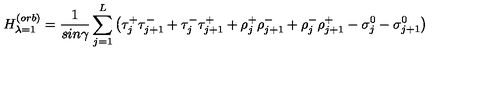
H _ { \lambda = 1 } ^ { ( o r b ) } = \frac { 1 } { s i n \gamma } \sum _ { j = 1 } ^ { L } \left( \tau _ { j } ^ { + } \tau _ { j + 1 } ^ { - } + \tau _ { j } ^ { - } \tau _ { j + 1 } ^ { + } + \rho _ { j } ^ { + } \rho _ { j + 1 } ^ { - } + \rho _ { j } ^ { - } \rho _ { j + 1 } ^ { + } - \sigma _ { j } ^ { 0 } - \sigma _ { j + 1 } ^ { 0 } \right)